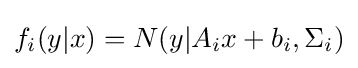
f_{i}(y|x)=N(y|A_{i}x+b_{i},\Sigma _{i})